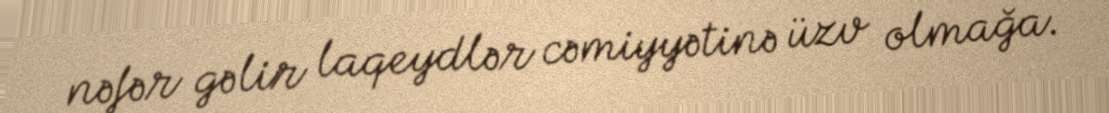
nəfər gəlir laqeydlər cəmiyyətinə üzv olmağa.